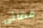
فضائى